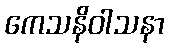
ကေသနိဝါသနာ